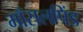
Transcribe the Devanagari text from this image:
माँसलपिंड